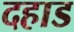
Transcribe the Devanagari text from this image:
दहाड